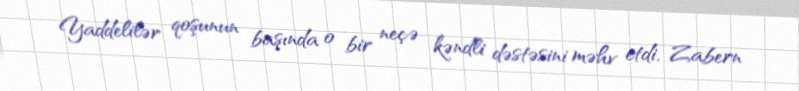
Yaddelilər qoşunun başında o bir neçə kəndli dəstəsini məhv etdi, Zabern